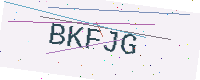
Text: BKFJG